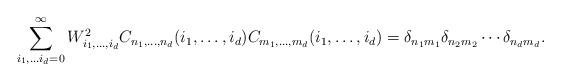
LaTeX: \begin{align*}\sum_{i_1,\ldots i_{d}=0}^{\infty}W_{i_1,\ldots,i_{d}}^2 C_{n_1,\ldots,n_{d}}(i_1,\ldots,i_{d})C_{m_1,\ldots,m_{d}}(i_1,\ldots,i_{d})=\delta_{n_1m_1}\delta_{n_2m_2}\cdots \delta_{n_{d}m_{d}}.\end{align*}